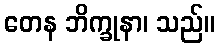
တေန ဘိက္ခုနာ၊ သည်။